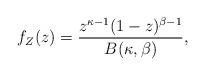
LaTeX: \begin{align*} f_{Z}(z)=\frac{z^{\kappa-1}(1-z)^{\beta-1}}{B(\kappa,\beta)},\end{align*}